Civil Veterinary Dept. Assam report 1911-1927 - 1911-1927
Year: 1911
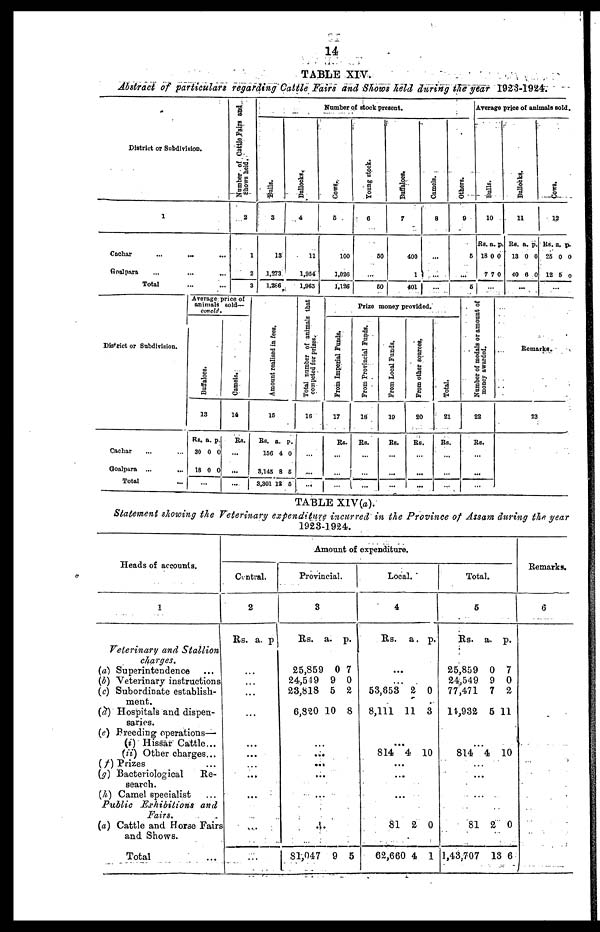
14
TABLE XIV.
Abstract of particulars regarding Cattle Fairs and Shows held during the year 1923-1924.
District or Subdivision.
1
Cachar
...
...
Goalpara ... ...
Total ... ...
Number of Cattle Fairs and
Shows held.
2
1
2
3
Number of stock present.
Bulls.
3
13
1,273
1,266
Bullocks.
4
11
1,954
1.963
Cows.
5
100
1,026
1,126
Young stock.
6
50
...
|
60
Buffaloes.
7
400
1
401
Camels.
8
...
...
...
Others.
9
6
...
5
Average price of animals sold.
Bulls.
10
Rs.
18
7
a.
0
7
p.
0
0
...
Bullocks.
11
Rs.
13
10
a.
0
6
p.
0
0
...
Cows .
12
Rs.
25
12
a.
0
5
p.
0
0
...
District or Subdivision.
Cachar ... ...
Goalpara
...
...
Total ...
Average price of
animals sold—
conld.
Buf f
al oes .
13
Rs.
30
18
...
a.
0
0
p.
0
0
Camels.
14
Rs.
...
...
...
Amo u n t r e a l i s e d in fees.
15
Rs.
156
3,145
3,301
a.
4
8
12
p.
0
5
5
Total number of animals that
competed for prizes.
16
...
...
...
Prize money provided.
From Imperial Funds.
17
Rs.
...
...
...
From Provincial Funds.
18
Rs.
...
...
...
From Local Funds.
19
Rs.
...
...
...
From other sources.
20
Rs.
...
...
...
Total.
21
Rs.
...
...
...
Number of medals or amount of
money awarded.
22
Rs.
...
...
...
Remarks.
23
TABLE XIV(a).
Statement showing the Veterinary expenditure incurred in the Province of Assam during the year
1923-1924.
Heads of accounts.
1
Veterinary and Stallion
charges.
(a) Superintendence ...
(b) Veterinary instructions
(c) Subordinate establish-
ment.
(d) Hospitals and dispen-
saries.
(e) Breeding operations—
(i) Hissar Cattle ...
(ii) Other charges ...
(f) Prizes ...
(g) Bacteriological
Re-
search.
(h) Camel specialist ...
Public
Exhibitions
and
Fairs.
(a) Cattle and Horse Fairs
and Shows.
Total ...
Amount of expenditure.
Central.
2
Rs. a. p.
...
...
...
...
Provincial.
3
Rs. a. p.
25,859
24,549
23,818
6,320
0
9
5
10
7
0
2
8
...
...
...
...
...
...
81,047 9 5
Local.
4
Rs.
a. p.
...
53,653
8,111
2
11
0
3
...
814
4 10
...
...
...
81
62,660
2
4
0
1
Total.
5
Rs. a. p.
25,859
24,549
77,471
14,932
0
9
7
5
7
0
2
11
814 4 10
...
...
...
81
1,43,707
2
13
0
6
Remarks.
6